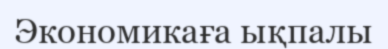
Экономикаға ықпалы